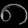
Digit: ၈